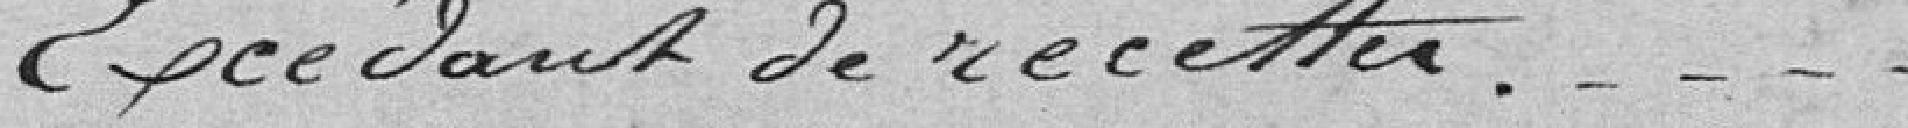
Excédent de recettes